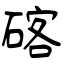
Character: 碦